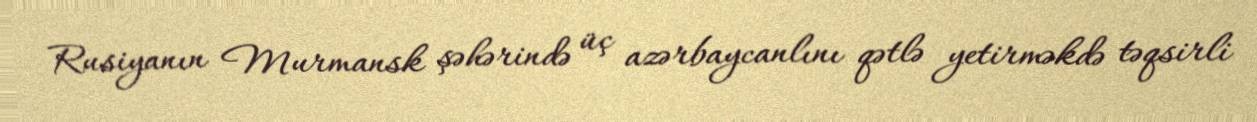
Rusiyanın Murmansk şəhərində üç azərbaycanlını qətlə yetirməkdə təqsirli